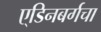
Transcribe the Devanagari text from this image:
ए्डिनबर्गचा